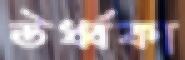
ঊর্ধ্বকা